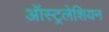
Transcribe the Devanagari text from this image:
ऑस्ट्रलेशियन